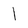
Character: l